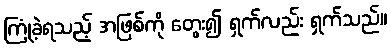
ကြုံခဲ့ရသည့် အဖြစ်ကို တွေး၍ ရှက်လည်း ရှက်သည်။